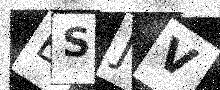
Text: BSJV